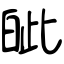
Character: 皉